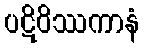
ပဋိဝိဿကာနံ